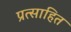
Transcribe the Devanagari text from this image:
प्रत्साहित